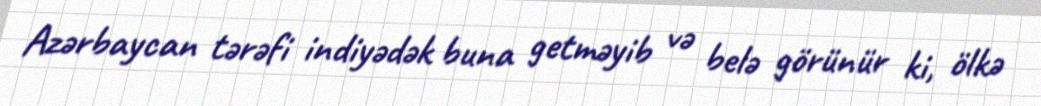
Azərbaycan tərəfi indiyədək buna getməyib və belə görünür ki, ölkə